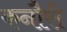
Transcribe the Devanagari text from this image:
कनौरी